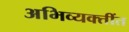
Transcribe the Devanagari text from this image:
अभिव्यक्तींत